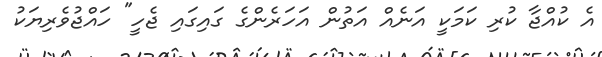
އެ ކުއްޖާ ކުރި ކަމަކީ އަނެއް އަތުން އަހަރެންގެ ގައިގައި ޖެހީ" ހައްޖުވެރިޔަކު